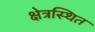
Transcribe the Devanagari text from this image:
क्षेत्रस्थित